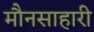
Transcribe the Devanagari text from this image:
मौनसाहारी